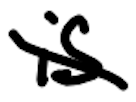
Text: is
Cross-out: diagonal
Writing tool: digital_black